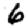
Digit: 6